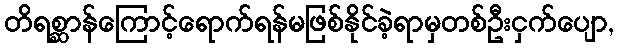
တိရစ္ဆာန်ကြောင့်ရောက်ရန်မဖြစ်နိုင်ခဲ့ရာမှတစ်ဦးငှက်ပျော,